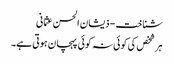
شناخت - ذیشان الحسن عثمانی
ہر شخص کی کوئی نہ کوئی پہچان ہوتی ہے۔